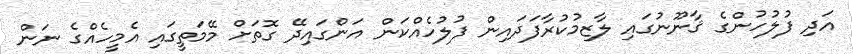
އަދި ފުލުހުންގެ ޤާނޫނުގައި ލާޒިމުކުރާފަދައިން ފުލުހެއްކަން އަންގައިދޭ ގޮތަށް މޭމަތީގައި އެމީހެއްގެ ނަން